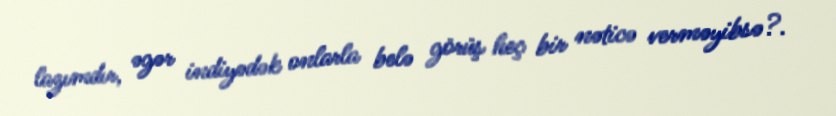
lazımdır, əgər indiyədək onlarla belə görüş heç bir nəticə verməyibsə?.